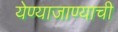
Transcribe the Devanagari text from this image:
येण्याजाण्याची